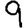
Digit: 9